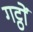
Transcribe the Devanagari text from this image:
गट्ठों